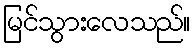
မြင်သွားလေသည်။